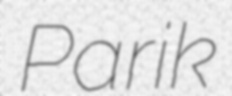
Parik